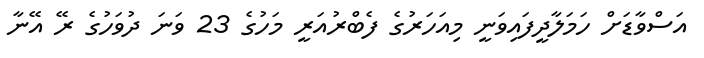
އަސްވާޑަށް ހަމަލާދީފައިވަނީ މިއަހަރުގެ ފެބްރުއަރީ މަހުގެ 23 ވަނަ ދުވަހުގެ ރޭ އޭނާ